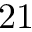
2 1